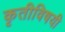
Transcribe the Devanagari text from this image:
कृतीविषयी